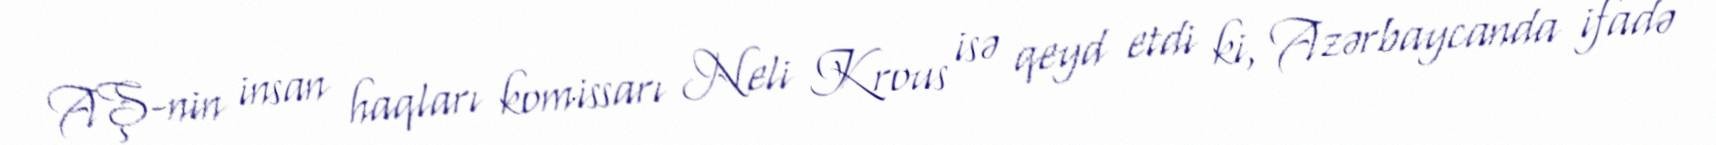
AŞ-nin insan haqları komissarı Neli Krous isə qeyd etdi ki, Azərbaycanda ifadə